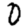
Digit: 0